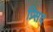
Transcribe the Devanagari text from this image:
प्र्सिद